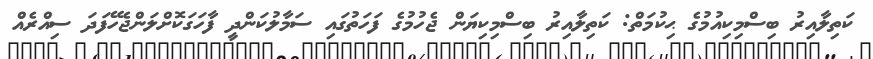
ކަތިލާއިރު ބިސްމިކިއުމުގެ ޙިކުމަތް: ކަތިލާއިރު ބިސްމިކިޔަން ޖެހުމުގެ ފަހަތުގައި ސަމާލުކަންދީ ފާހަގަކޮށްލަންޖެހޭފަދަ ސިއްރެއް